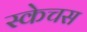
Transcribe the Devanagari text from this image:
स्केचस